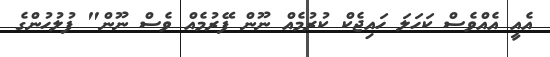
އެއީ އެއްވެސް ކަހަލަ ހައިޖެކް ކުރުމެއް ނޫން ފޭރުމެއް ވެސް ނޫން" ފުލުހުންގެ